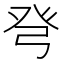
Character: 𰤍